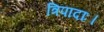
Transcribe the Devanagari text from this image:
त्रिपादाः।